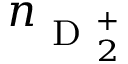
n _ { \mathrm { ~ D ~ } _ { 2 } ^ { + } }